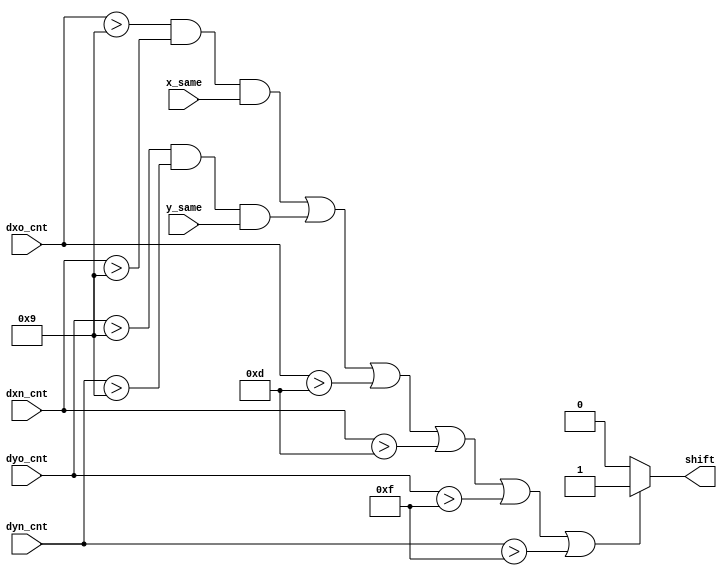
module shift_analyze(
	input wire [4:0]dxo_cnt,
	input wire [4:0]dxn_cnt,
	input wire [4:0]dyo_cnt,
	input wire [4:0]dyn_cnt,
	input wire x_same,
	input wire y_same,
	output reg shift
	);	
	 
parameter [4:0] shift_same = 5'd9;
parameter [4:0] shift_x_big = 5'd13;
parameter [4:0] shift_y_big = 5'd15;

always @* begin
	if (((dxo_cnt[4:0]>shift_same)&&(dxn_cnt[4:0]>shift_same)&&(x_same==1))||((dyo_cnt[4:0]>shift_same)&&(dyn_cnt[4:0]>shift_same)&&(y_same==1))||
		 (dxo_cnt[4:0]>shift_x_big)||(dxn_cnt[4:0]>shift_x_big)||(dyo_cnt[4:0]>shift_y_big)||(dyn_cnt[4:0]>shift_y_big))
		shift = 1;
	else 
		shift = 0;
end
endmodule